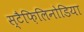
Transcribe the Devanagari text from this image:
स्टैफ़िलिनोडिया